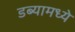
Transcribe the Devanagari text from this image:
डब्यामध्ये